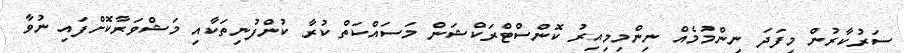
ސަރުކާރުން މިފަދަ ނިންމުމެއް ނިންމިމިއިރު ކޮންސްޓްރަކްޝަން މަސައްކަތް ކުރާ ކުންފުނިތަކާއި މަޝްވަރާކޮށްފައި ނުވާ